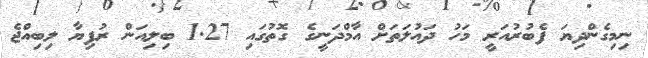
ނިމިގެންދިޔަ ފެބުރުއަރީ މަހު ދައުލަތަށް އާމްދަނީގެ ގޮތުގައި 1.27 ބިލިއަން ރުފިޔާ ލިބިއްޖެ